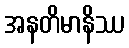
အနတိမာနိဿ